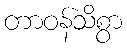
တာဝန်သိစွာ